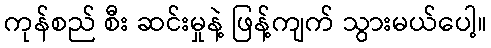
ကုန်စည် စီး ဆင်းမှုနဲ့ ဖြန့်ကျက် သွားမယ်ပေါ့။